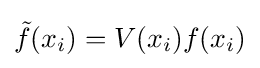
{\tilde {f}}(x_{i})=V(x_{i})f(x_{i})